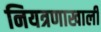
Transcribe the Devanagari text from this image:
नियत्रणाखाली